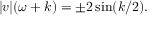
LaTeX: | v | ( \omega + k ) = \pm 2 \sin ( k / 2 ) .